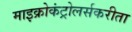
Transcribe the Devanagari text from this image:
माइक्रोकंट्रोलर्सकरीता